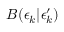
B ( \epsilon _ { k } | \epsilon _ { k } ^ { \prime } )